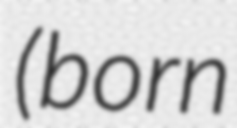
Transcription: (born